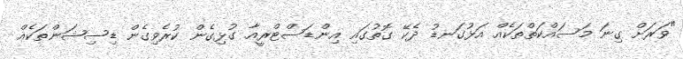
"ވަރަށް ގިނަ މަސައްކަތްތަކެއް އަޅުގަނޑު ދެކޭ ގޮތުގައި އިންޑަސްޓްރީއާ ގުޅިގެން ކުރެވިގެން ޑިސިޝަންތަކެއް